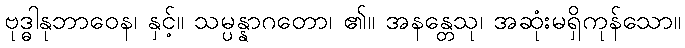
ဗုဒ္ဓါနုဘာဝေန၊ နှင့်။ သမ္ပန္နာဂတော၊ ၏။ အနန္တေသု၊ အဆုံးမရှိကုန်သော။